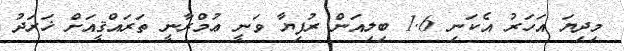
މިދިޔަ އަހަރު އެކަނި 1.6 ބިލިއަން ރުފިޔާ ވަނީ ޢުމްރާނީ ތަރައްޤީއަށް ޚަރަދު